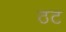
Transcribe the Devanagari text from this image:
ठट